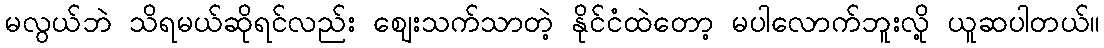
မလွယ်ဘဲ သိရမယ်ဆိုရင်လည်း ဈေးသက်သာတဲ့ နိုင်ငံထဲတော့ မပါလောက်ဘူးလို့ ယူဆပါတယ်။